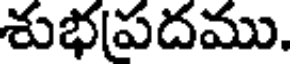
శుభపదము.